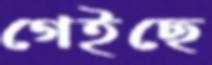
গেইছে